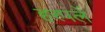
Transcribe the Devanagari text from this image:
हरपलें